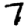
Digit: 7